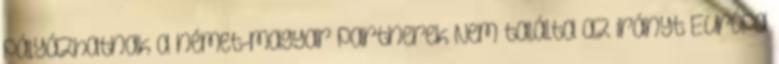
pályázhatnak a német-magyar partnerek Nem találta az irányt Európa